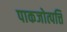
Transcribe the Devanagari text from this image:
पाकजोत्पत्ति